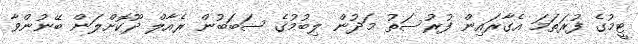
ޓީމުގެ ފުރަތަމަ އެގާރައިން ފުރުސަތު މަދުން ލިބުމުގެ ސަބަބުން ރެއާލް ދޫކޮށްލަން ބޭނުންވާ